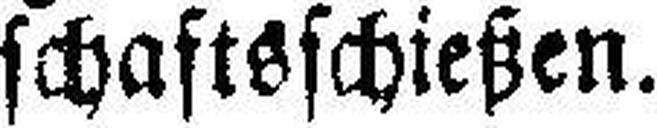
schaftsschießen.